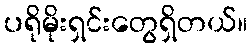
ပရိုမိုးရှင်းတွေရှိတယ်။